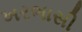
ખરભાસી